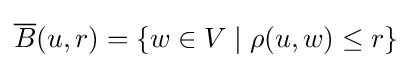
{\overline {B}}(u,r)=\{w\in V\mid \rho (u,w)\leq r\}